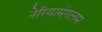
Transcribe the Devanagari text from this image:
नेरियामंगलम